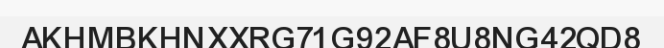
AKHMBKHNXXRG71G92AF8U8NG42QD8